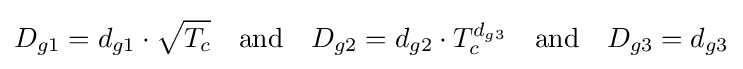
D_{g1}=d_{g1}\cdot {\sqrt {T_{c}}}\quad {\text{and}}\quad D_{g2}=d_{g2}\cdot T_{c}^{d_{g3}}\quad {\text{and}}\quad D_{g3}=d_{g3}